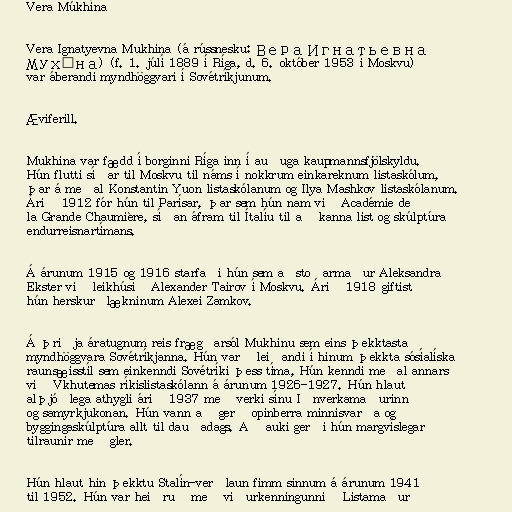
Vera Múkhína

Vera Ignatyevna Mukhina (á rússnesku: Вера Игнатьевна
Мухина) (f. 1. júlí 1889 í Ríga, d. 6. október 1953 í Moskvu)
var áberandi myndhöggvari í Sovétríkjunum.

Æviferill.

Mukhina var fædd í borginni Ríga inn í auðuga kaupmannsfjölskyldu.
Hún flutti síðar til Moskvu til náms í nokkrum einkareknum listaskólum,
þar á meðal Konstantin Yuon listaskólanum og Ilya Mashkov listaskólanum.
Árið 1912 fór hún til Parísar, þar sem hún nam við Académie de
la Grande Chaumière, síðan áfram til Ítalíu til að kanna list og skúlptúra
endurreisnartímans.

Á árunum 1915 og 1916 starfaði hún sem aðstoðarmaður Aleksandra
Ekster við leikhúsið Alexander Tairov í Moskvu. Árið 1918 giftist
hún herskurðlækninum Alexei Zamkov.

Á þriðja áratugnum reis frægðarsól Mukhinu sem eins þekktasta
myndhöggvara Sovétríkjanna. Hún varð leiðandi í hinum þekkta sósíalíska
raunsæisstíl sem einkenndi Sovétríki þess tíma, Hún kenndi meðal annars
við Vkhutemas ríkislistaskólann á árunum 1926-1927. Hún hlaut
alþjóðlega athygli árið 1937 með verki sínu Iðnverkamaðurinn
og samyrkjukonan. Hún vann að gerð opinberra minnisvarða og
byggingaskúlptúra allt til dauðadags. Að auki gerði hún margvíslegar
tilraunir með gler.

Hún hlaut hin þekktu Stalín-verðlaun fimm sinnum á árunum 1941
til 1952. Hún var heiðruð með viðurkenningunni „Listamaður